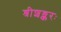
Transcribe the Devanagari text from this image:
श्रीशङ्करः